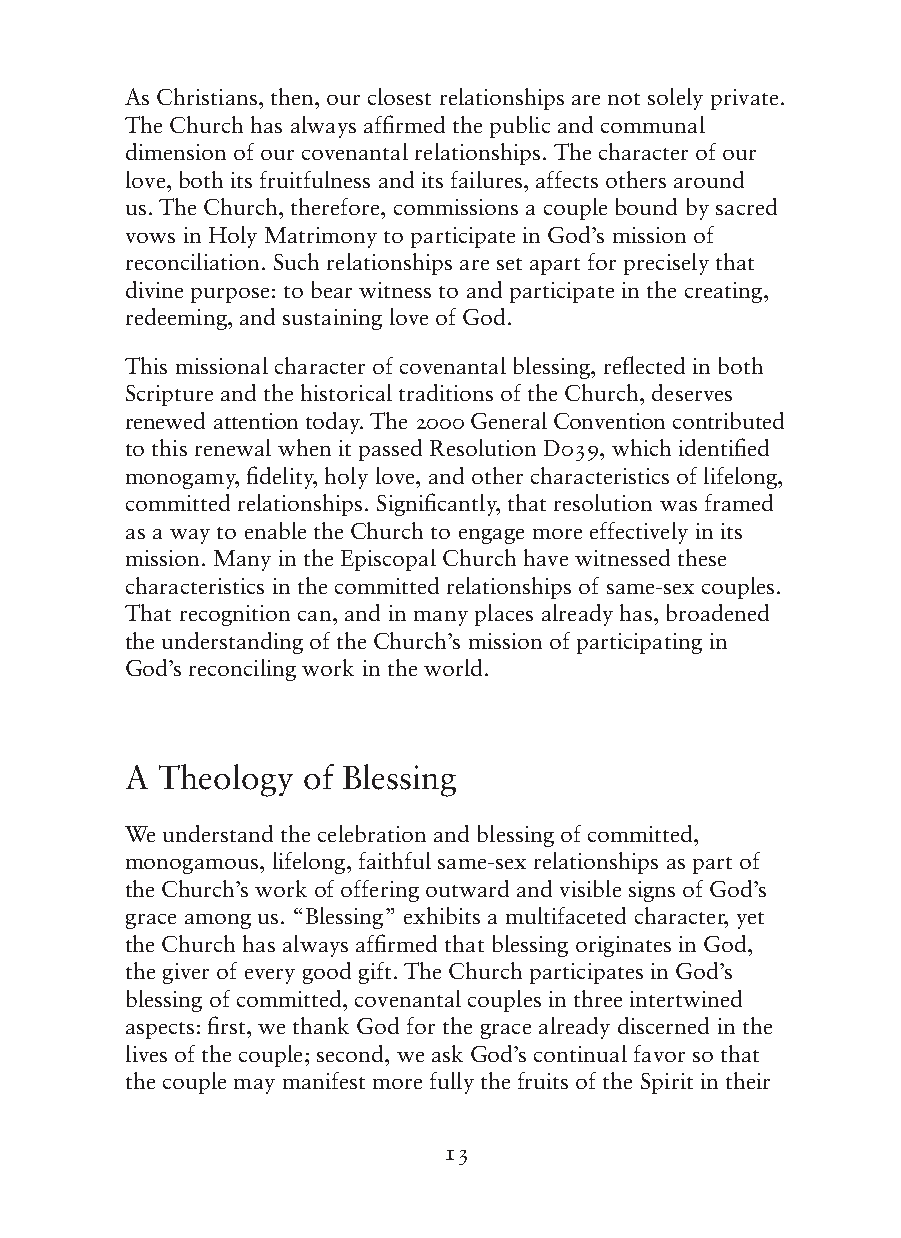
As Christians, then, our closest relationships are not solely private.
 The Church has always affirmed the public and communal
 dimension of our covenantal relationships. The character of our
 love, both its fruitfulness and its failures, affects others around
 us. The Church, therefore, commissions a couple bound by sacred
 vows in Holy Matrimony to participate in God’s mission of
 reconciliation. Such relationships are set apart for precisely that
 divine purpose: to bear witness to and participate in the creating,
 redeeming, and sustaining love of God.
 This missional character of covenantal blessing, reflected in both
 Scripture and the historical traditions of the Church, deserves
 renewed attention today. The 2000 General Convention contributed
 to this renewal when it passed Resolution D039, which identified
 monogamy, fidelity, holy love, and other characteristics of lifelong,
 committed relationships. Significantly, that resolution was framed
 as a way to enable the Church to engage more effectively in its
 mission. Many in the Episcopal Church have witnessed these
 characteristics in the committed relationships of same-sex couples.
 That recognition can, and in many places already has, broadened
 the understanding of the Church’s mission of participating in
 God’s reconciling work in the world.
 A Theology  of Blessing
 We understand the celebration and blessing of committed,
 monogamous, lifelong, faithful same-sex relationships as part of
 the Church’s work of offering outward and visible signs of God’s
 grace among us. “Blessing” exhibits a multifaceted character, yet
 the Church has always affirmed that blessing originates in God,
 the giver of every good gift. The Church participates in God’s
 blessing of committed, covenantal couples in three intertwined
 aspects: first, we thank God for the grace already discerned in the
 lives of the couple; second, we ask God’s continual favor so that
 the couple may manifest more fully the fruits of the Spirit in their
 13